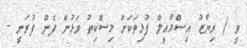
ވީ / ރިޔާޒު އިސްމާޢީލް ފުޅިތަކަށް މިސްކިތު ވަޅުން ފެން ފުރަނީ -